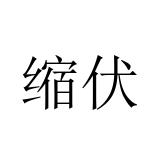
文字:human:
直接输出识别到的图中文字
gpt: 缩伏